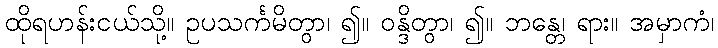
ထိုရဟန်းငယ်သို့။ ဥပသင်္ကမိတွာ၊ ၍။ ဝန္ဒိတွာ၊ ၍။ ဘန္တေ၊ ရား။ အမှာကံ၊